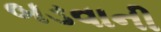
બડવાની